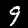
Digit: 9